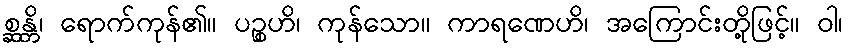
စ္ဆန္တိ၊ ရောက်ကုန်၏။ ပဉ္စဟိ၊ ကုန်သော။ ကာရဏေဟိ၊ အကြောင်းတို့ဖြင့်။ ဝါ၊